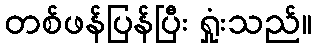
တစ်ဖန်ပြန်ပြီး ရှုံးသည်။